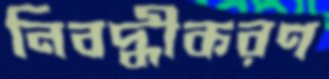
নিবদ্ধীকরণ